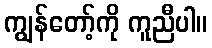
ကျွန်တော့်ကို ကူညီပါ။